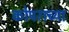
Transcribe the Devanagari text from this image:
कोपराच्या